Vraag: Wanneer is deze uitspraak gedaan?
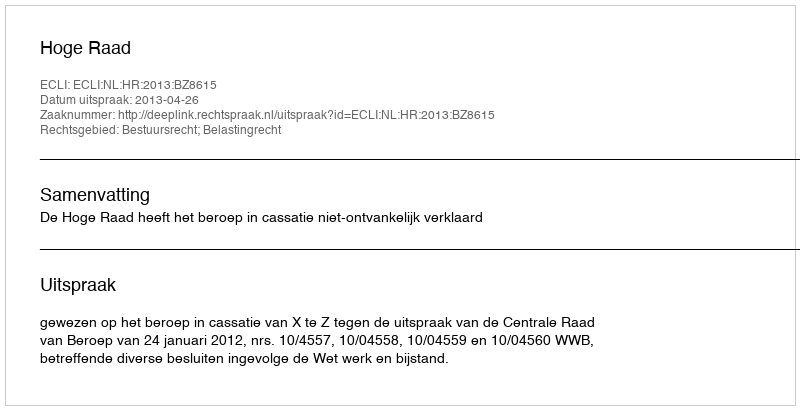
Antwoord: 2013-04-26